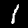
Label: 1